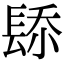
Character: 𨲁